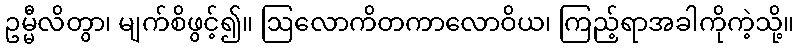
ဥမ္မီလိတွာ၊ မျက်စိဖွင့်၍။ ဩလောကိတကာလောဝိယ၊ ကြည့်ရာအခါကိုကဲ့သို့။